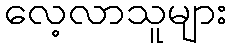
လေ့လာသူများ